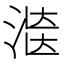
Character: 𱧄